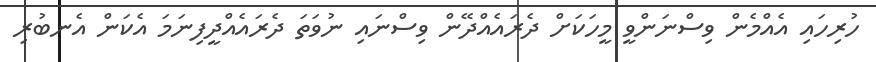
ހުރިހައި އެއްމެން ވިސްނަންވީ މީހަކަށް ދެރައެއްދޭން ވިސްނައި ނުވަތަ ދެރައެއްދީފިނަމަ އެކަން އެނބުރި